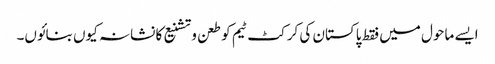
ایسے ماحول میں فقط پاکستان کی کرکٹ ٹیم کو طعن وتشنیع کا نشانہ کیوں بنائوں۔